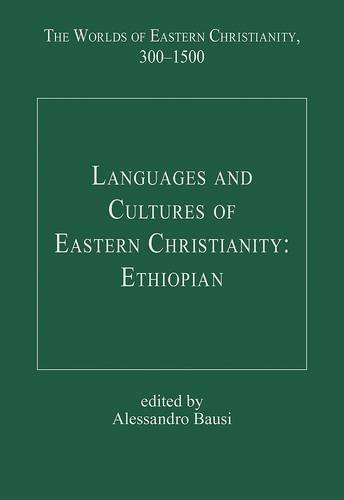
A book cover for Languages and Cultures of Eastern Christianity: Ethiopian (The Worlds of Eastern Christianity, 300EE1500); Alessandro Bausi; Christian Books & Bibles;